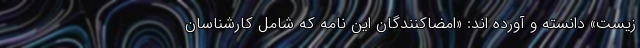
زیست» دانسته و آورده اند: «امضاکنندگان این نامه که شامل کارشناسان